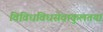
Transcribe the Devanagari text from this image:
विविधविधसेवाकुलतया